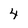
Character: 4